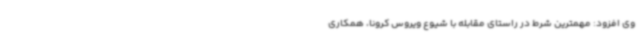
وی افزود: مهمترین شرط در راستای مقابله با شیوع ویروس کرونا، همکاری